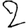
Digit: 2